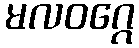
မလဝဂ္ဂေ